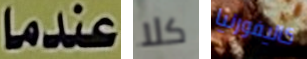
عندما كلا كاليفورنيا